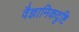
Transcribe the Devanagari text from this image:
वैज्ञानिकदृष्टि